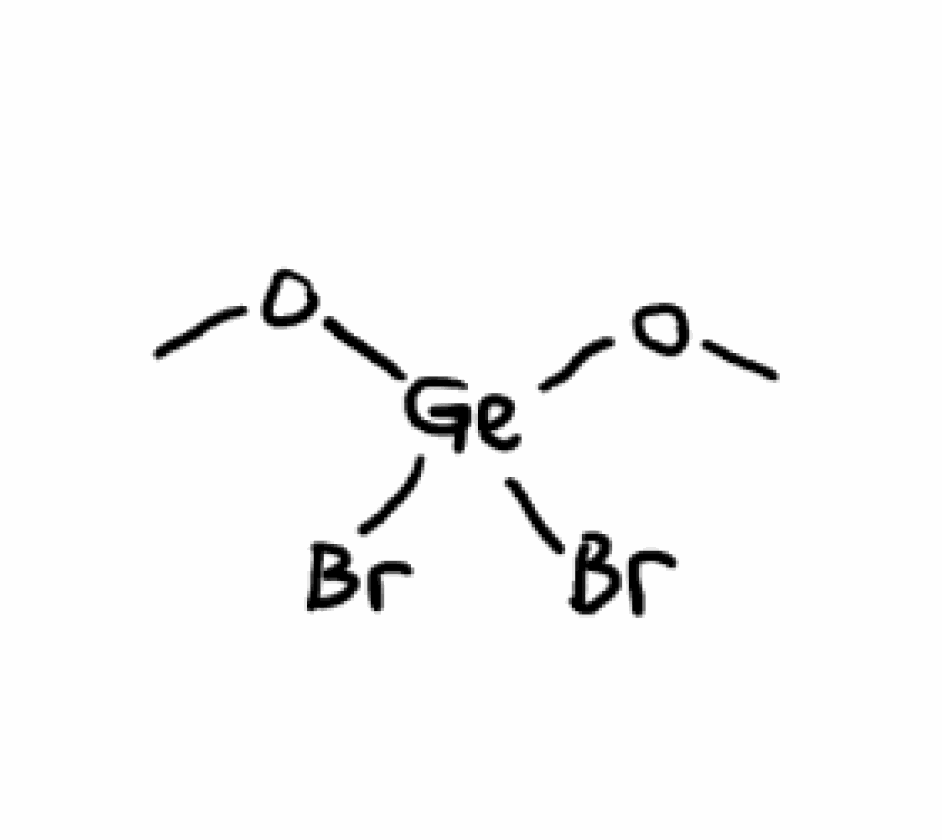
Simplified molecular-input line-entry system (SMILES) notation of the given molecule:
CO[Ge](OC)(Br)Br